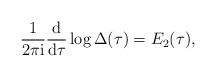
LaTeX: \begin{gather*}\frac{1}{2\pi {\rm i}} \frac{{\rm d}}{{\rm d}\tau} \log \Delta(\tau)=E_2(\tau),\end{gather*}